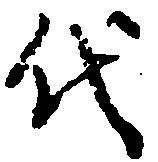
代